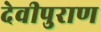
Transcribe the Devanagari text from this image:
देवीपुराण